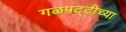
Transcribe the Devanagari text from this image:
गळपट्टीच्या